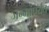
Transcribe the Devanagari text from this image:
जन्मांपर्यंत